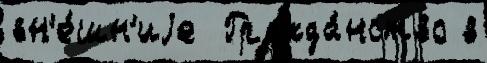
вн'е́шн'иjе  Гражда́нство в